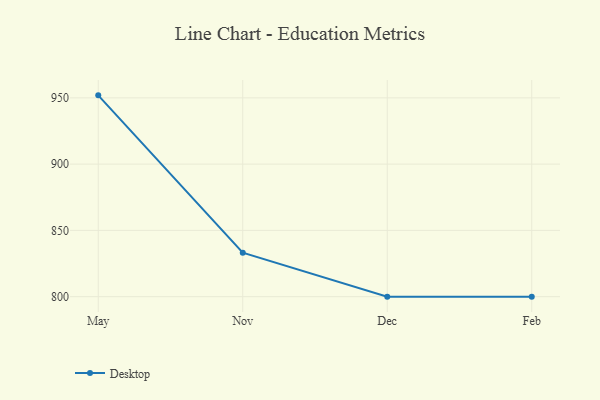
{"axis": {"x": "Month", "y": "Shipments"}, "legend": ["Desktop"], "data": [{"x": "May", "y": 951.9, "type": "Desktop"}, {"x": "Nov", "y": 833.2, "type": "Desktop"}, {"x": "Dec", "y": 800, "type": "Desktop"}, {"x": "Feb", "y": 800, "type": "Desktop"}]}